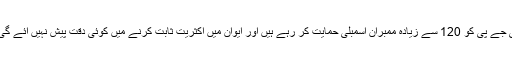
بی جے پی کو 120 سے زیادہ ممبران اسمبلی حمایت کر رہے ہیں اور ایوان میں اکثریت ثابت کرنے میں کوئی دقت پیش نہیں آئے گی ۔